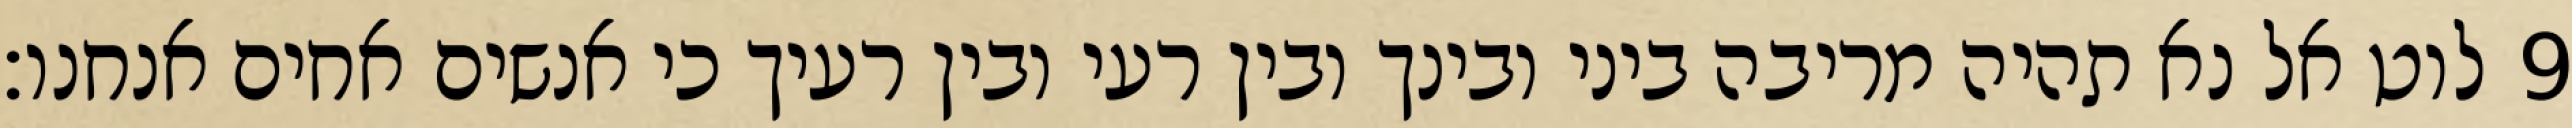
לוט אל נא תהיה מריבה ביני ובינך ובין רעי ובין רעיך כי אנשים אחים אנחנו׃ ‎9‏